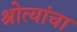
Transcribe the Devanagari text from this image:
श्रोत्यांचा